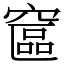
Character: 䆰